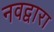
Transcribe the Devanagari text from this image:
नवद्वारा